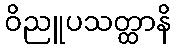
ဝိညူပသတ္ထာနိ